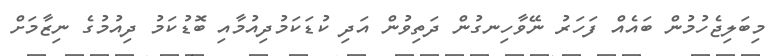
މިބަލިޖެހުމުން ބައެއް ފަހަރު ނޭވާހިނގުން ދަތިވުން އަދި ކުޑަކަމުދިއުމާއި ބޮޑުކަމު ދިއުމުގެ ނިޒާމަށް